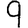
Digit: 9